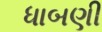
ધાબણી